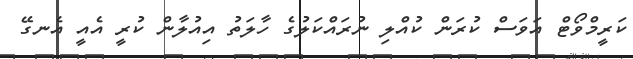
ކަރީމްވޯޓް އަވަސް ކުރަން ކުއްލި ނުރައްކަލުގެ ހާލަތު އިއުލާން ކުރީ އެއީ އެނގޭ